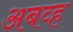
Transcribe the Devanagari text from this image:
अबव्ह